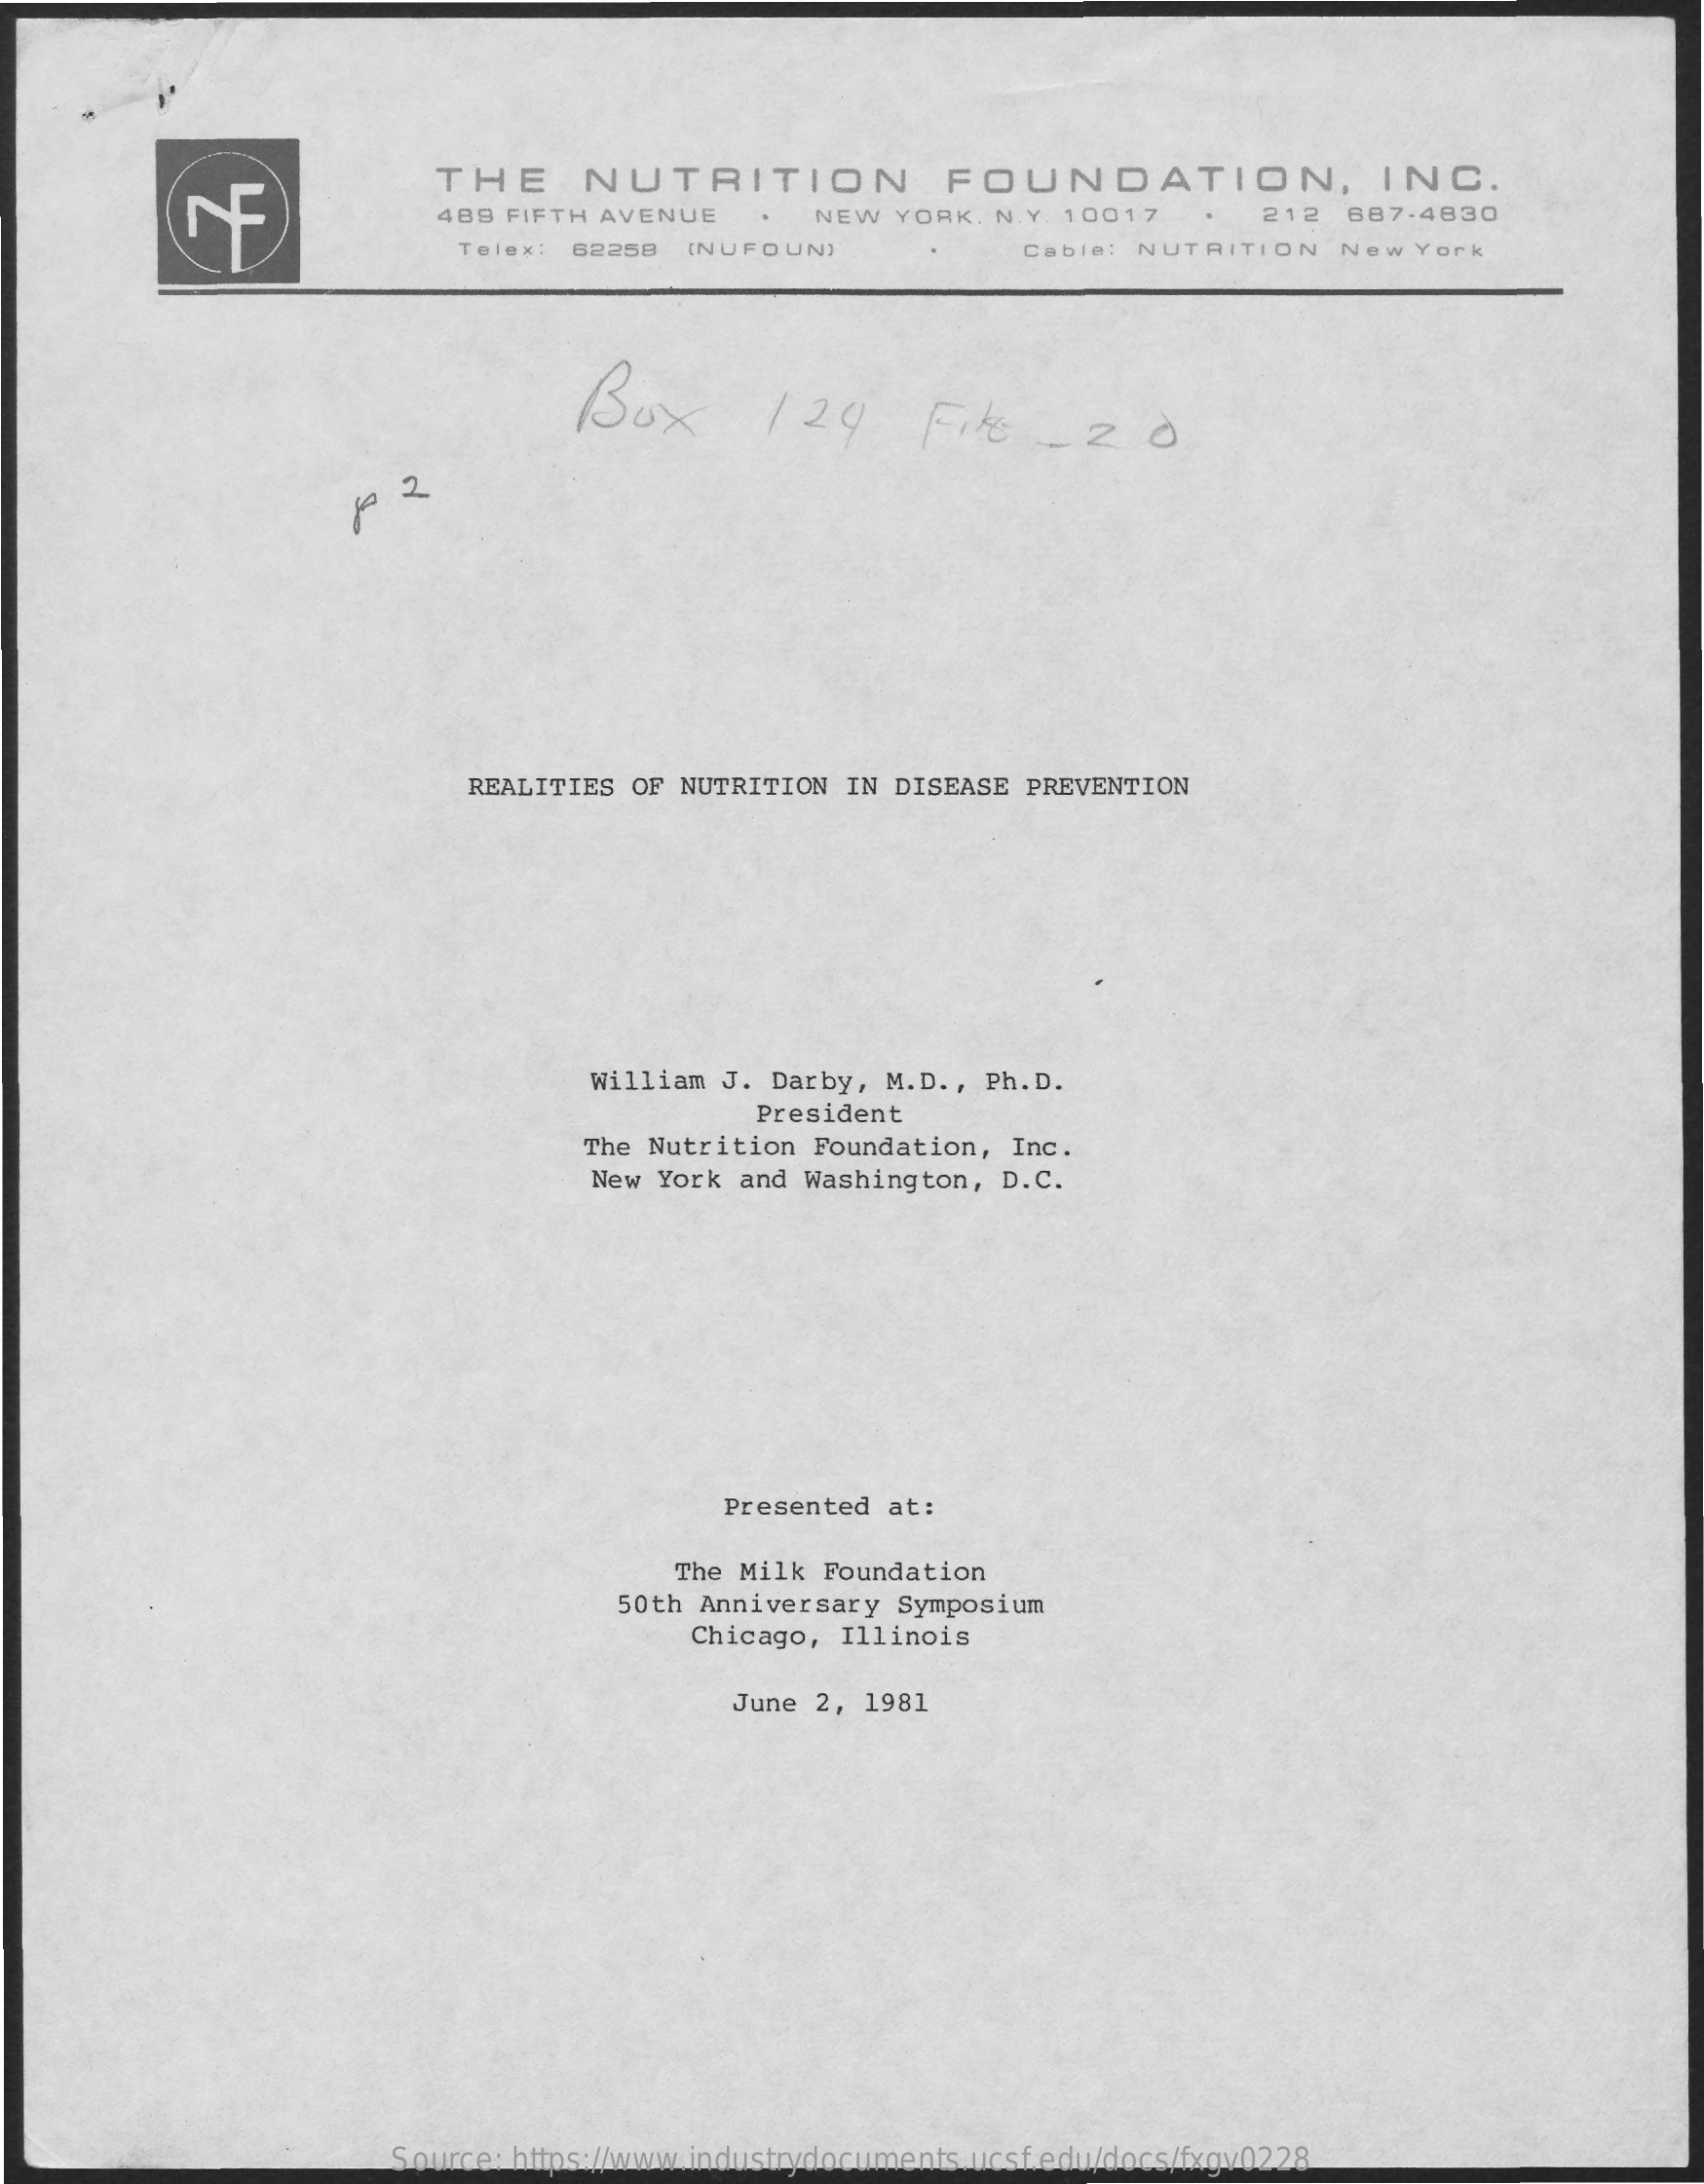
THE    NUTRITION    FOUNDATION,    INC.
     489  FIFTH AVENUE    NEW   YORK. N. Y. 10017    212   687-4830
     Telex: 62258  (NUFOUN)    Cable: NUTRITION    New  York
     Box    124    File    _ 20
     1 2
     REALITIES  OF NUTRITION IN DISEASE  PREVENTION
     William J.  Darby, M.D ., Ph. D.
     President
     The Nutrition Foundation,  Inc.
     New York  and Washington, D.C.
     Presented at:
     The Milk Foundation
     50th Anniversary  Symposium
     Chicago, Illinois
     June 2, 1981
     Source: https://www.industrydocuments.ucsf.edu/docs/fxgv0228